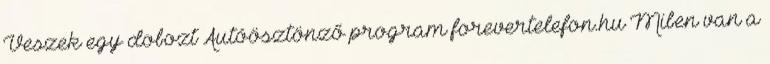
Veszek egy dobozt Autóösztönző program forevertelefon.hu Miben van a